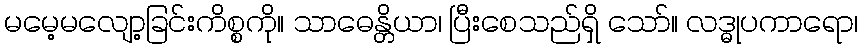
မမေ့မလျော့ခြင်းကိစ္စကို။ သာဓေန္တိယာ၊ ပြီးစေသည်ရှိ သော်။ လဒ္ဓုပကာရော၊